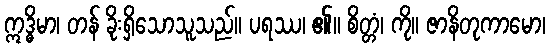
ဣဒ္ဓိမာ၊ တန် ခိုးရှိသောသူသည်။ ပရဿ၊ ၏။ စိတ္တံ၊ ကို။ ဇာနိတုကာမော၊